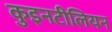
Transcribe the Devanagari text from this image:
कुइनटीलियन